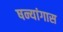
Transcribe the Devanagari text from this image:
षन्यांगास